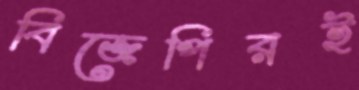
বিজেপিরই